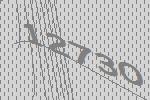
12730